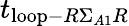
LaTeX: t_{\mathrm{loop}-R\Sigma_{A1}R}